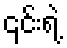
၎င်းရဲ့